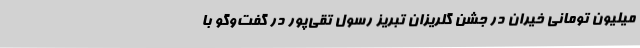
میلیون تومانی خیران در جشن گلریزان تبریز رسول تقی‌پور در گفت‌وگو با